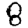
Digit: 8